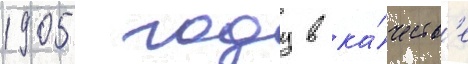
1905 году в ка́честв'е